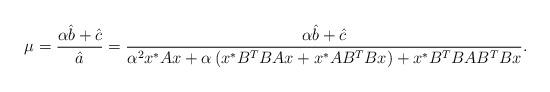
LaTeX: \begin{align*}\mu=\frac{\alpha \hat b+\hat c}{\hat a}= \frac{\alpha \hat b+\hat c}{\alpha^2 x^*Ax+ \alpha \left( x^* B^ T B Ax +x^* A B^T Bx\right) + x^* B^T B A B^T B x}.\end{align*}